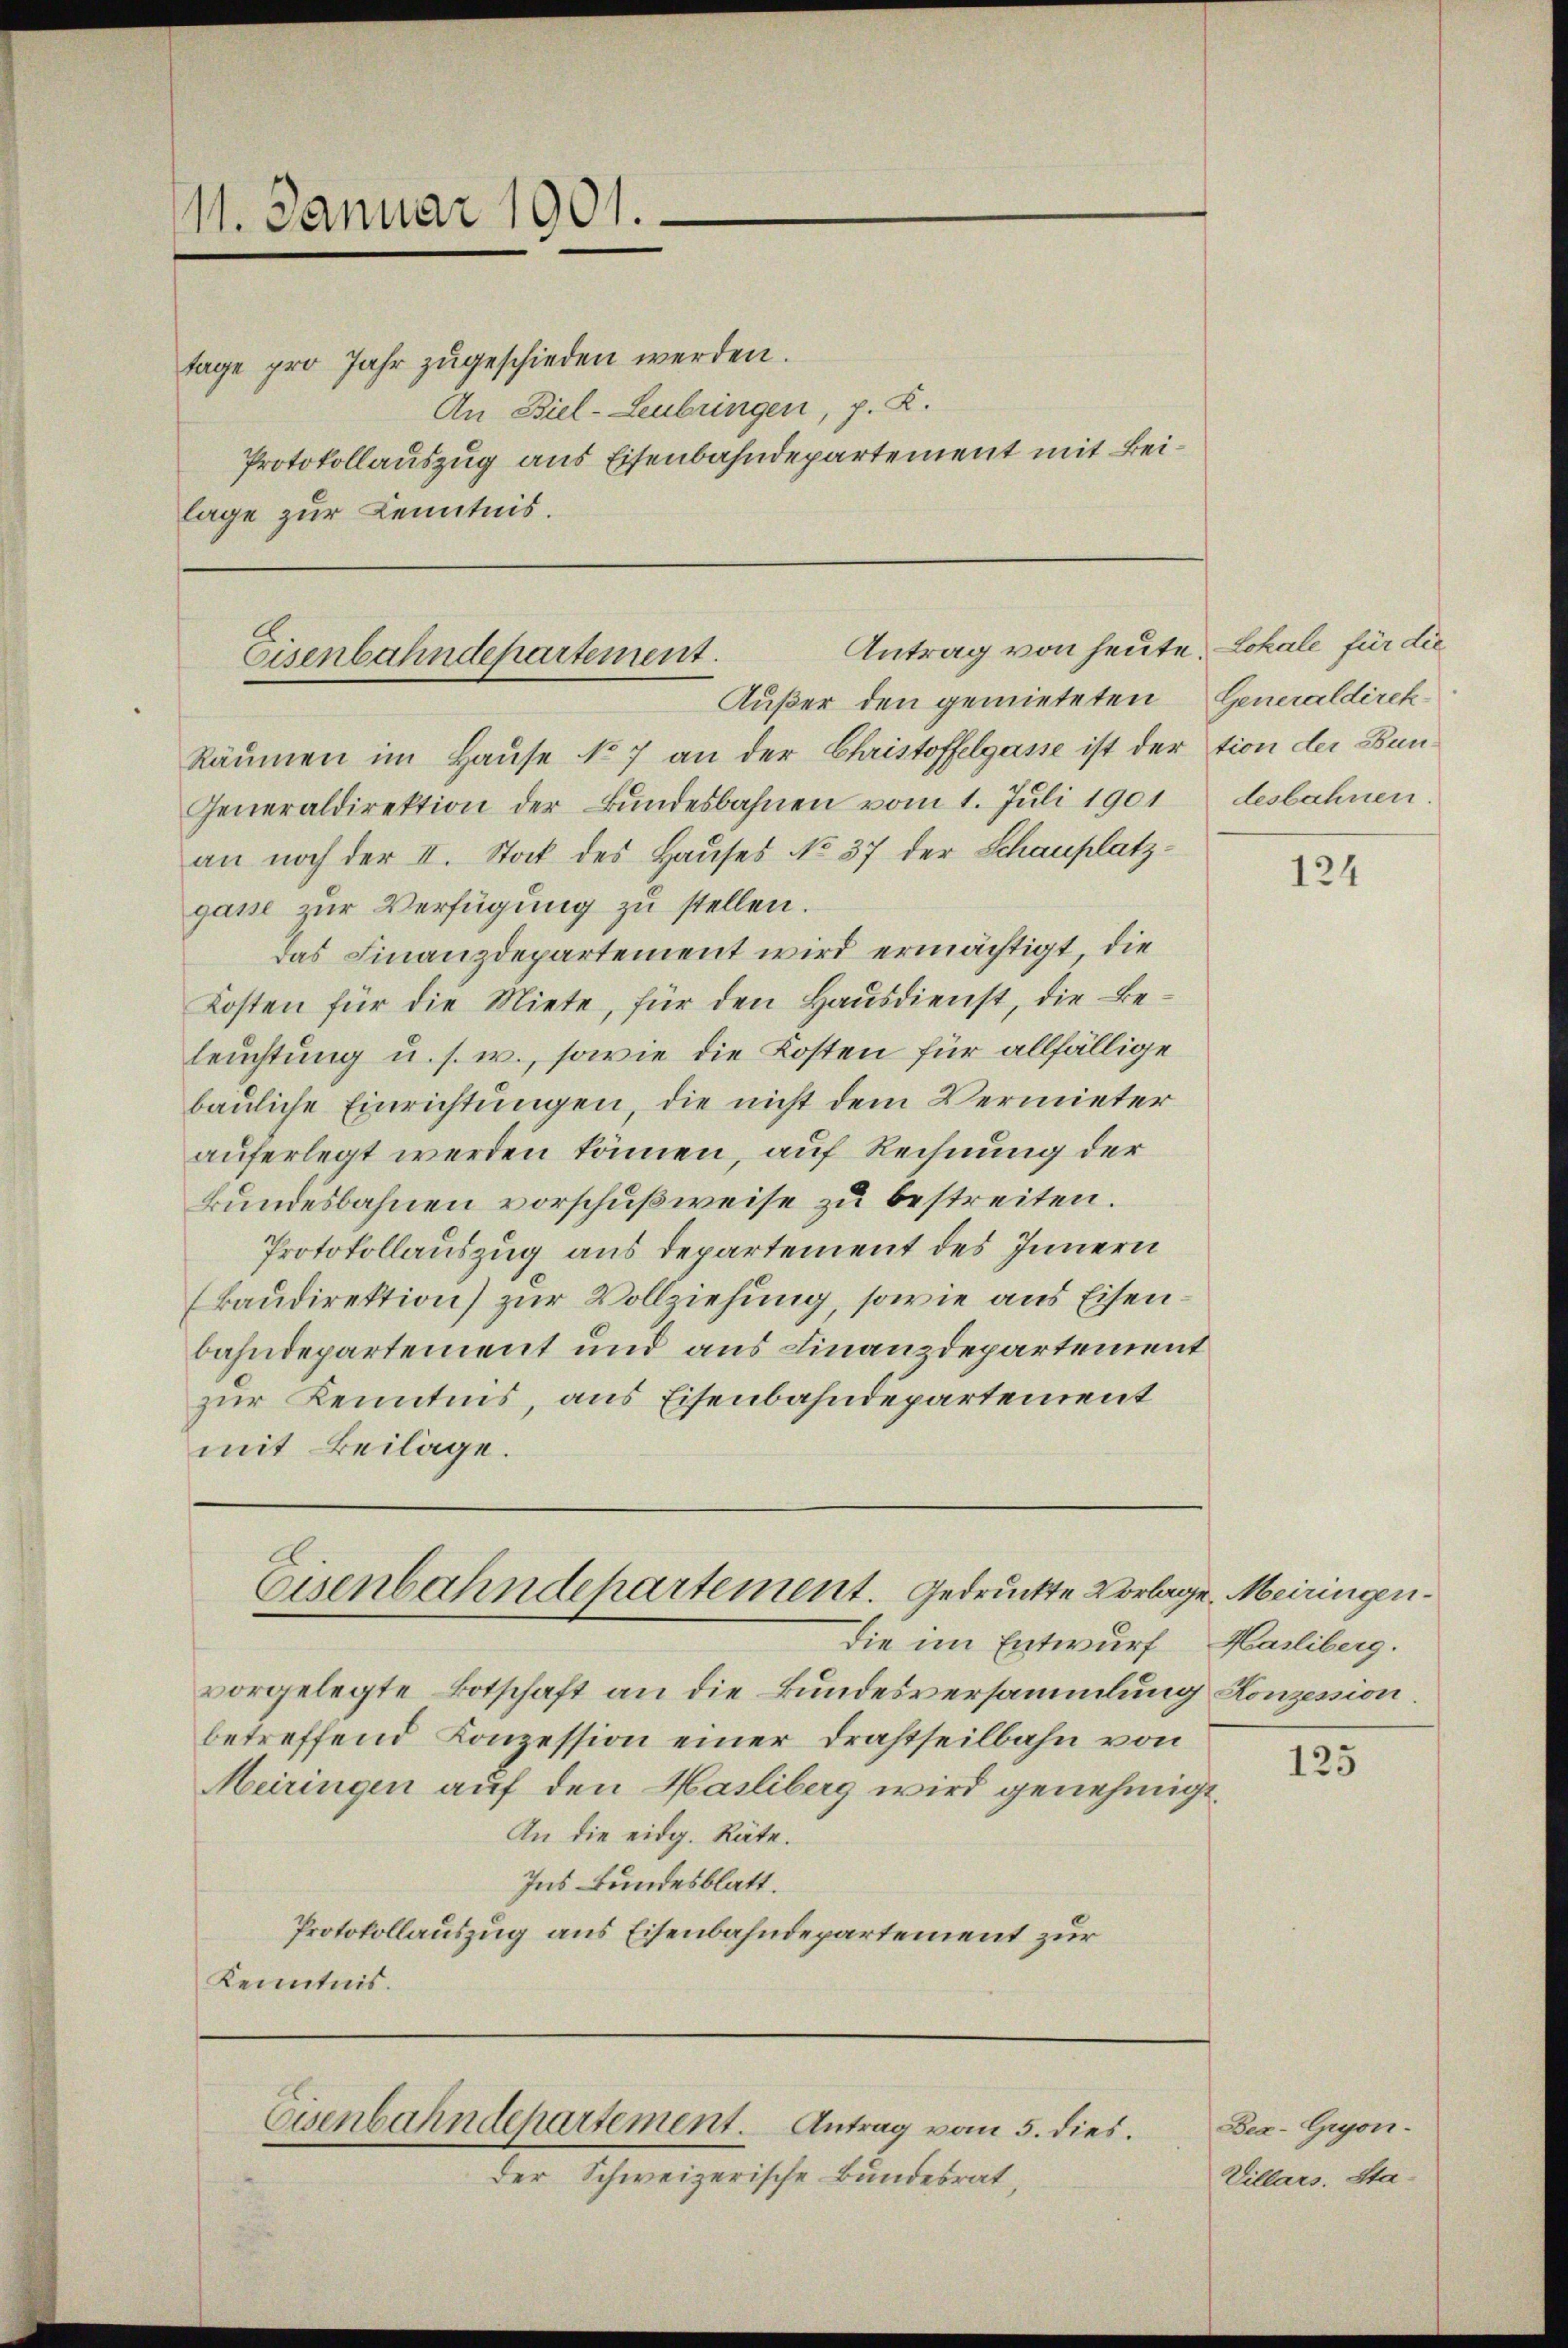
11. Januar 1901.

tage pro Jahr zŭgeschieden werden.
An Biel-Leubringen, p. R.
Protokollauszug aus Eisenbahndepartement mit Beilage zur Kenntnis.

Antrag von heute Lokale für die
Eisenbahndepartement.
Außer den gemieteten Generaldirek

Eisenbahndehartement. Gedruckte Vorlage. Meiringen¬
Die im Entwurf

Eisenbahndepartement. Antrag vom 5. dies.

Der Schweizerische Bundesrat,

Räumen im Hause No 7 an der Christoffelgasse ist der tion der Bun¬
Generaldirektion der Bŭndesbahnen vom 1. Juli 1901
an noch der II. Stock des Hauses No 37 der Schauplatzgasse zur Verfügung zu stellen.
Das Finanzdepartement wird ermächtigt, die
Kosten für die Miete, für den Hausdienst, die Beleuchtung u. s. w., sowie die Kosten für allfällige
bauliche Einrichtungen, die nicht dem Vermieter
auferlegt werden können, auf Rechnung der
kundesbahnen vorschußweise zu bestreiten.
Protokollauszug aus Departement des Innern
(kaudirektion) zur Vollziehung, sowie aus Eisenbahndepartement und aus Finanzdepartement
zur Kenntnis, aus Eisenbahndepartement
mit Beilage.

vorgelegte Botschaft an die Bundesversammlung Konzession.
betreffend Konzession einer Drahtheilbahn von
Meiringen auf den Hasliberg wird genehmigt.
An die eidg. Räte.
Ins Bundesblatt.
Protokollauszug aus Eisenbahndepartement zur
Kenntnis.

desbahnen.

124

Hasliberg.

125

Bea-Gryon.
Villars. Sta¬